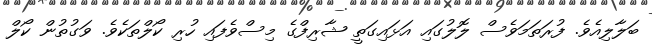
ބަލާލިއެވެ. ފުރަތަމަވެސް ލޮލުގައި އަޅައިގަތީ ޝާރިފްގެ މިސްވެފައި ހުރި ކޯލްތަކެވެ. ވަގުތުން ކޯލް